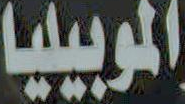
الموبيليا